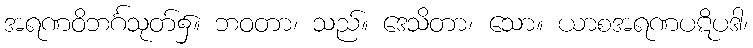
အရဏဝိဘင်္ဂသုတ်၌။ ဘဝတာ၊ သည်။ ဒေသိတာ၊ သော။ ယာစအရဏပဋိပဒါ၊